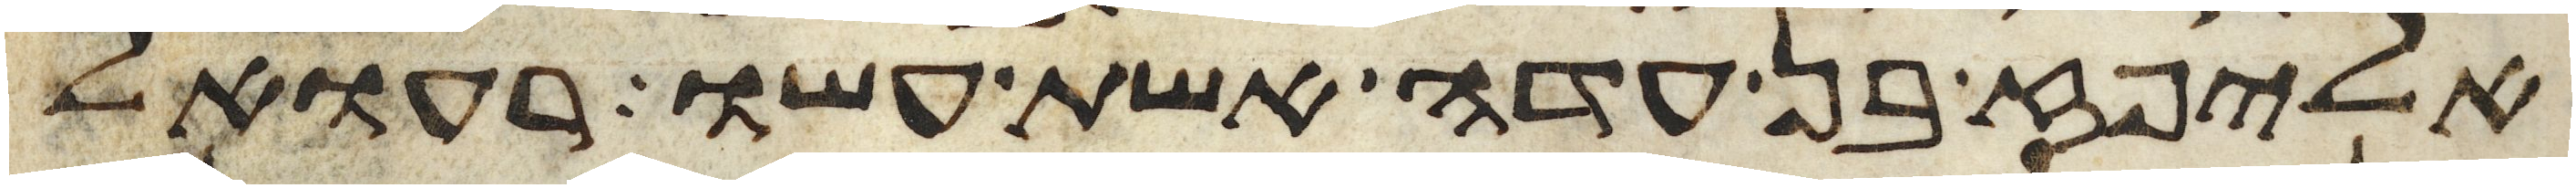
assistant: אליפז בן עדה אשת עשו רעואל